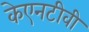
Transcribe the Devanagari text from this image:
केएनटीवी